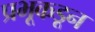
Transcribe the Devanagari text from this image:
प्रभूकडून